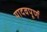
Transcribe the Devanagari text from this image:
यादवपूर्ण